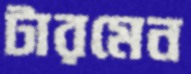
টারমেন